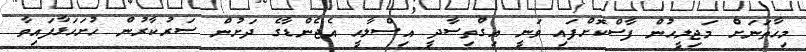
މިހާތަނަށް މަޖިލީހުން ފާސްކޮށްފައި ވަނީ އިގްތިސާދީ އިސްލާހީ އެޖެންޑާގެ ދަށުން ސަރުކާރުން ހުށަހަޅާފައިވާ